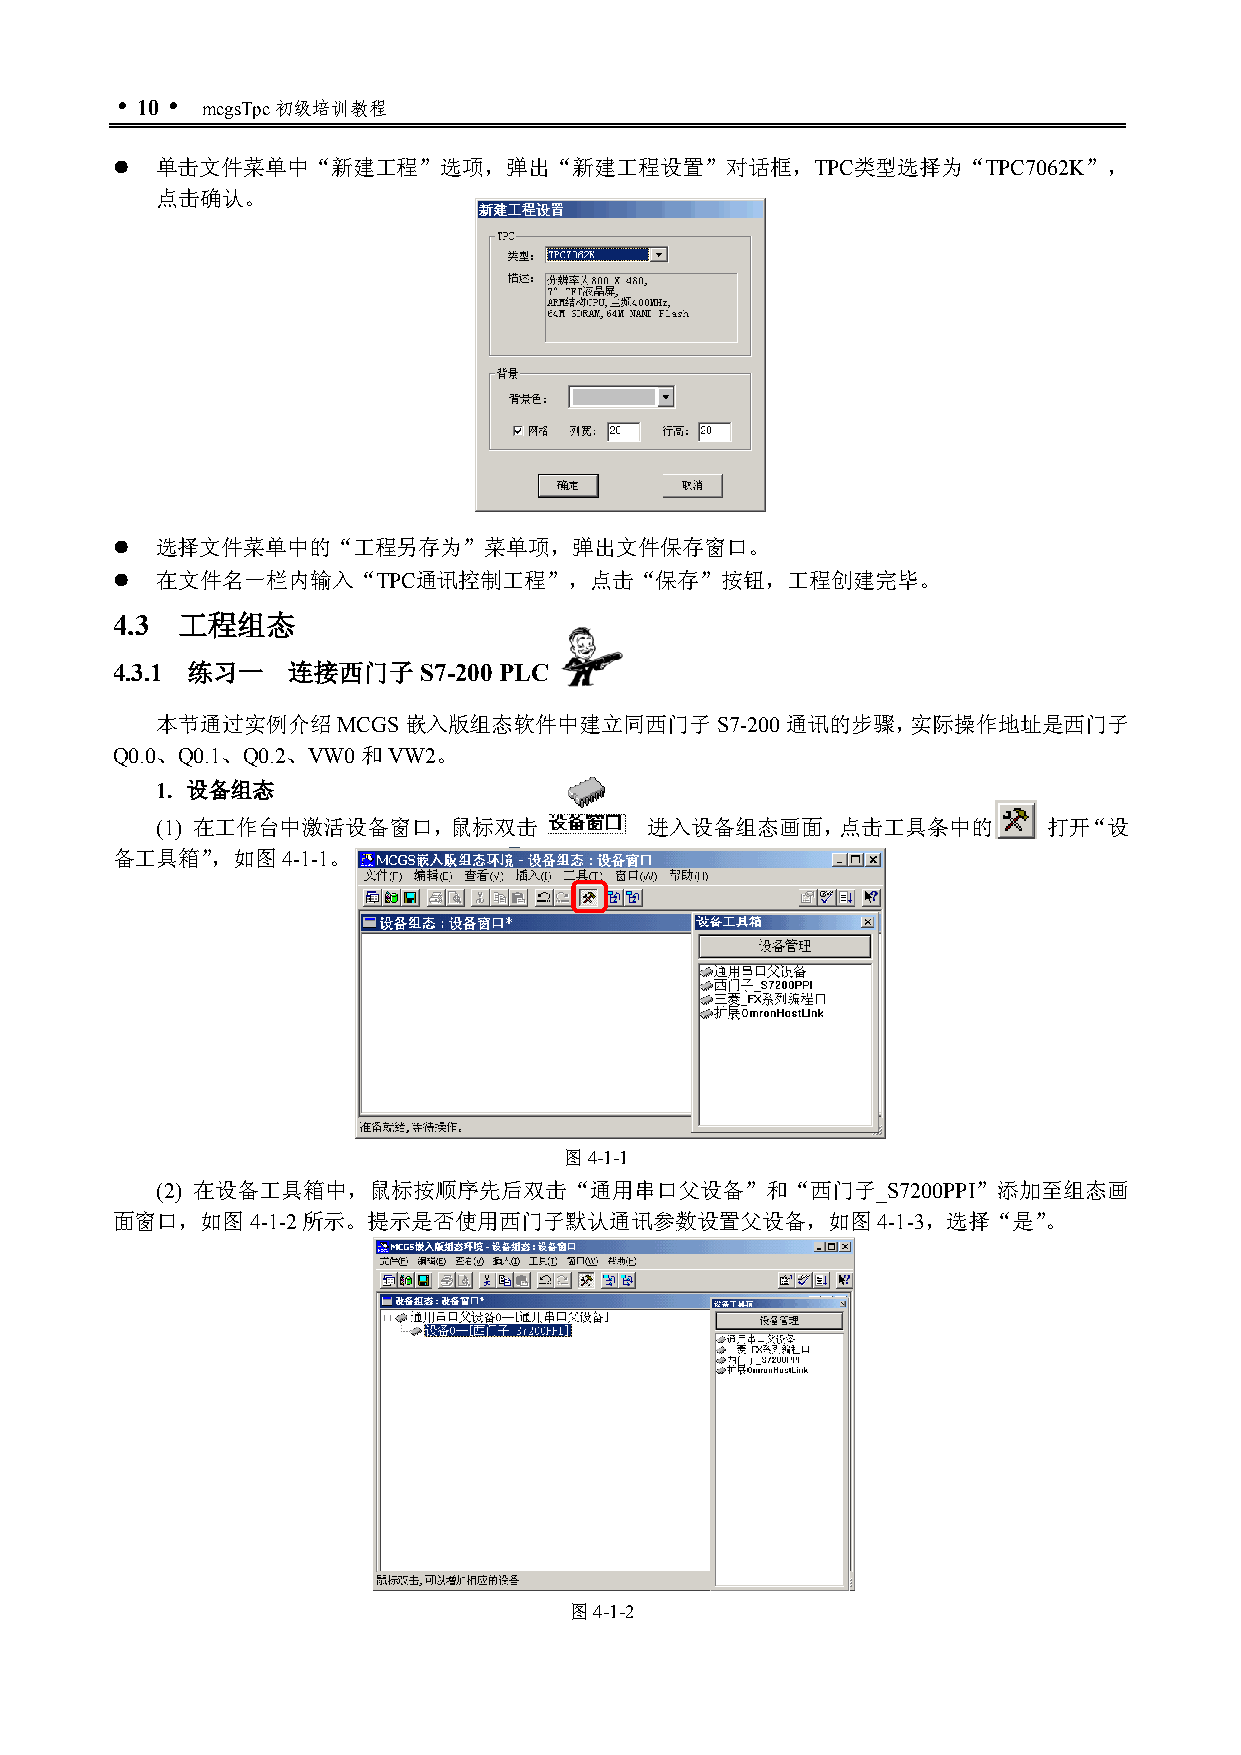
 10  mcgsTpc初级培训教程
   单击文件菜单中“新建工程”选项，弹出“新建工程设置”对话框，TPC类型选择为“TPC7062K”，
 点击确认。
   选择文件菜单中的“工程另存为”菜单项，弹出文件保存窗口。
   在文件名一栏内输入“TPC通讯控制工程”，点击“保存”按钮，工程创建完毕。
 4.3  工程组态
 4.3.1 练习一   连接西门子    S7-200 PLC
 本节通过实例介绍MCGS嵌入版组态软件中建立同西门子S7-200通讯的步骤，实际操作地址是西门子
 Q0.0、Q0.1、Q0.2、VW0和VW2。
 1. 设备组态
 (1) 在工作台中激活设备窗口，鼠标双击             进入设备组态画面，点击工具条中的          打开“设
 备工具箱”，如图4-1-1。
 图4-1-1
 (2) 在设备工具箱中，鼠标按顺序先后双击“通用串口父设备”和“西门子_S7200PPI”添加至组态画
 面窗口，如图4-1-2所示。提示是否使用西门子默认通讯参数设置父设备，如图4-1-3，选择“是”。
 图4-1-2